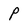
Character: P